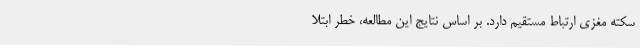
سکته مغزی ارتباط مستقیم دارد. بر اساس نتایج این مطالعه، خطر ابتلا